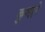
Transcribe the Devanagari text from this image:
कुमारे